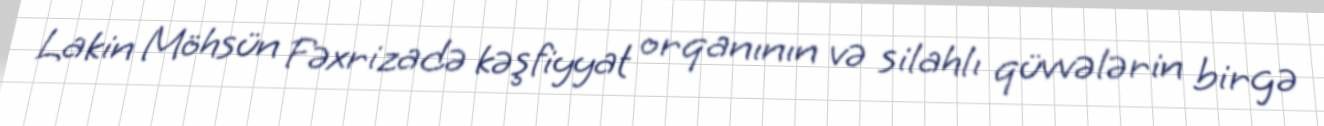
Lakin Möhsün Fəxrizadə kəşfiyyat orqanının və silahlı qüvvələrin birgə